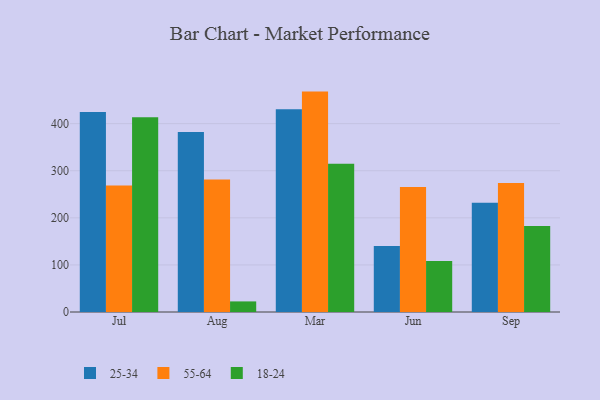
{"axis": {"x": "Month", "y": "Shipments"}, "legend": ["18-24", "25-34", "55-64"], "data": [{"x": "Jul", "y": 425.0, "type": "25-34"}, {"x": "Jul", "y": 268.5, "type": "55-64"}, {"x": "Jul", "y": 413.8, "type": "18-24"}, {"x": "Aug", "y": 382.5, "type": "25-34"}, {"x": "Aug", "y": 281.4, "type": "55-64"}, {"x": "Aug", "y": 22.5, "type": "18-24"}, {"x": "Mar", "y": 430.7, "type": "25-34"}, {"x": "Mar", "y": 468.1, "type": "55-64"}, {"x": "Mar", "y": 314.7, "type": "18-24"}, {"x": "Jun", "y": 140.1, "type": "25-34"}, {"x": "Jun", "y": 265.4, "type": "55-64"}, {"x": "Jun", "y": 108.2, "type": "18-24"}, {"x": "Sep", "y": 231.9, "type": "25-34"}, {"x": "Sep", "y": 274.2, "type": "55-64"}, {"x": "Sep", "y": 182.9, "type": "18-24"}]}